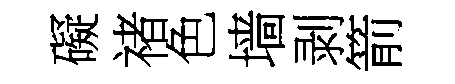
礙禇色墙剥箭